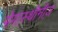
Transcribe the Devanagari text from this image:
मेगास्थीनीज़